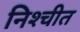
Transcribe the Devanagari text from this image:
निश्‍चीत